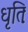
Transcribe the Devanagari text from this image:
धृतिः